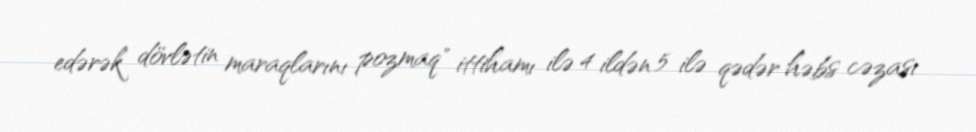
edərək dövlətin maraqlarını pozmaq" ittihamı ilə 4 ildən 5 ilə qədər həbs cəzası